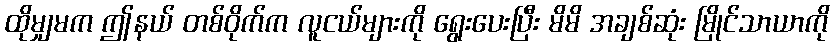
ထိုမျှမက ဤနယ် တစ်ဝိုက်က လူငယ်များကို ရွေးပေးပြီး မိမိ အချစ်ဆုံး မြိုင်သာယာကို